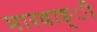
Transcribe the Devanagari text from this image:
मारवाङ्ी